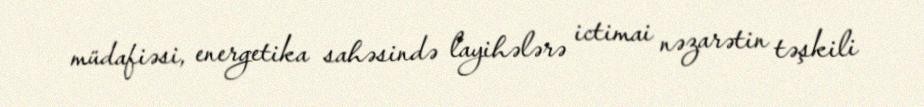
müdafiəsi, energetika sahəsində layihələrə ictimai nəzarətin təşkili